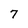
Character: 7